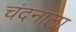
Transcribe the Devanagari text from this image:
चंदनाला